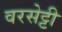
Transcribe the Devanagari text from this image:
वरसेट्टी